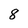
Character: 8